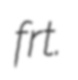
frt.